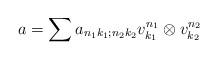
LaTeX: \begin{align*}a=\sum a_{n_1k_1;n_2k_2}v^{n_1}_{k_1}\otimes v^{n_2}_{k_2}\end{align*}